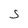
Character: 5